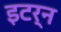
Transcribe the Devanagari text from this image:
इटर्न